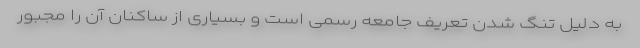
به دلیل تنگ شدن تعریف جامعه رسمی است و بسیاری از ساکنان آن را مجبور